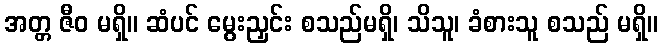
အတ္တ ဇီဝ မရှိ။ ဆံပင် မွေးညှင်း စသည်မရှိ၊ သိသူ၊ ခံစားသူ စသည် မရှိ။